Report of the Municipal Commissioner on the plague in Bombay for the year ending 31st May... - Volume 3
Disease focus: Plague
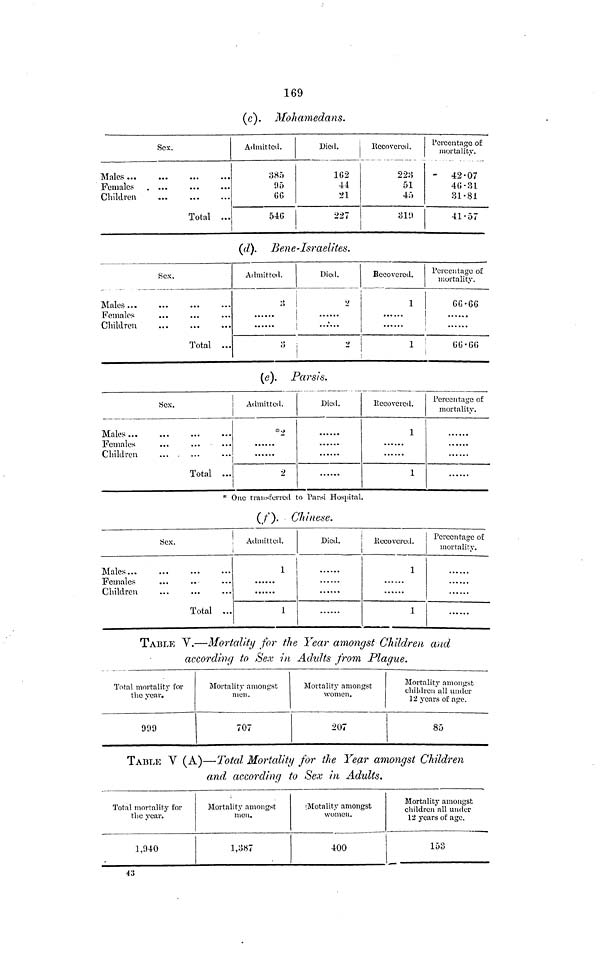
169
(c). Mohamedans.
Sex.
Males
Females . ...
Children
Total ...
Admitted.
385
95
66
546
Died.
162
44
21
227
Recovered.
223
51
45
319
Percentage of
mortality.
-
42-07
40-31
31-81
41-57
(d). Bene-lsraelites.
Sex.
Males
Females
Children
Total ...
Admitted.
3
3
Died.
2
'2
Recovcrcd.
1
1
Percentage of
mortality.
66.66
66..66
(e). Parsis.
Sex.
Males
Females
Children
Total ...
Admitted.
2
Died.
Recovered.
1
1
Percentage of
mortality.
* One transferred to Parsi Hospital.
(f).
Chinese.
Sex.
Total ...
Admitted.
1
1
Died.
Recovered.
1
1
Percentage of
mortality.
TABLE V.—Mortality for the Year amongst Children and
according to Sex in Adults from Plague.
Total mortality for
the year.
999
Mortality amongst
men .
707
Mortality amongst
women.
207
Mortality amongst
children all under
12 years of age.
85
TABLE Y (A)—Total Mortality for the Year amongst Children
and according to Sex in Adults.
Total mortality for
the year.
1,940
Mortality amongst
men.
1,387
iMotality amongst
women.
400
Mortality amongst
children all under
12 years of age.
153
43